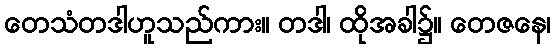
တေသံတဒါဟူသည်ကား။ တဒါ၊ ထိုအခါ၌။ တေဇနေ၊